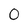
Character: 0